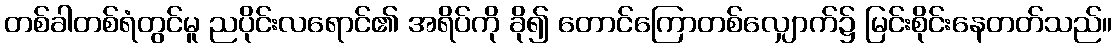
တစ်ခါတစ်ရံတွင်မူ ညပိုင်းလရောင်၏ အရိပ်ကို ခို၍ တောင်ကြောတစ်လျှောက်၌ မြင်းစိုင်းနေတတ်သည်။